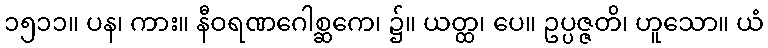
၁၅၁၁။ ပန၊ ကား။ နီဝရဏဂေါစ္ဆကေ၊ ၌။ ယတ္ထ၊ ပေ။ ဥပ္ပဇ္ဇတိ၊ ဟူသော။ ယံ